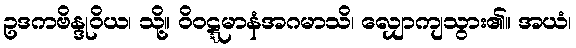
ဥဒကဗိန္ဒုဝိယ၊ သို့။ ဝိဝဋ္ဋမာနံအဂမာသိ၊ လျှောကျသွား၏။ အယံ၊